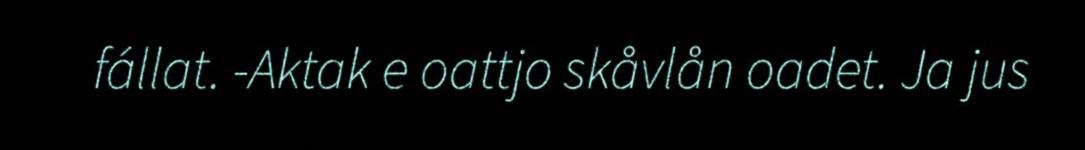
fállat. -Aktak e oattjo skåvlån oadet. Ja jus